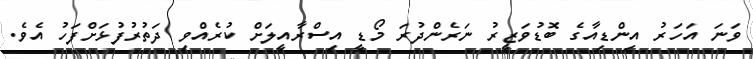
ވަނަ އަހަރު އިންޑިއާގެ ބޮޑުވަޒީރު ނަރެންދުރަ މޯޑީ އިސްރާއީލަށް ކުރެއްވި ދަތުރުފުޅަށްފަހު އެވެ.